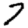
Digit: 7